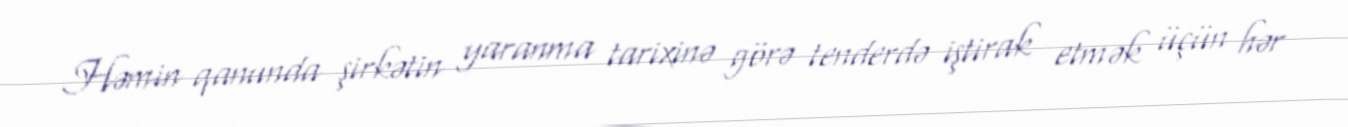
Həmin qanunda şirkətin yaranma tarixinə görə tenderdə iştirak etmək üçün hər